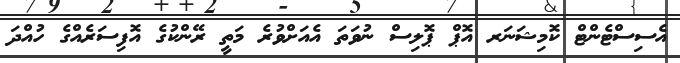
އެސިސްޓެންޓް ކޮމިޝަނަރ އޮޕް ޕޮލިސް ނުވަތަ އެއަށްވުރެ މަތީ ރޭންކުގެ އޮފިސަރެއްގެ ހުއްދަ